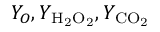
Y _ { O } , Y _ { \mathrm { { H _ { 2 } O _ { 2 } } } } , Y _ { \mathrm { { C O _ { 2 } } } }